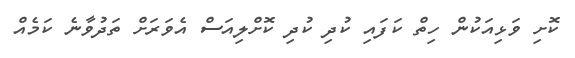
ކޮށި ވަޅިއަކުން ހިތް ކަފައި ކުދި ކުދި ކޮށްލިއަސް އެވަރަށް ތަދުވާނެ ކަމެއް